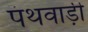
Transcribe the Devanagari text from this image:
पंथवाड़ी